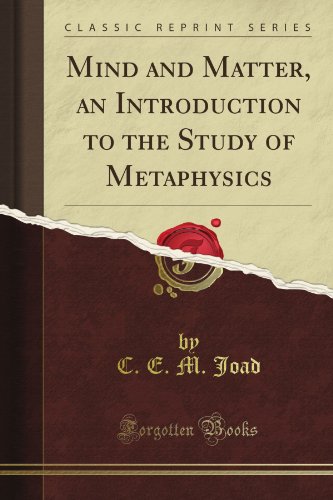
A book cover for Mind and Matter, an Introduction to the Study of Metaphysics (Classic Reprint); C. E. M. Joad; Politics & Social Sciences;